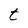
Character: t